Vaccination North-Western Provinces 1866-1877 - 1866-1877
Year: 1866
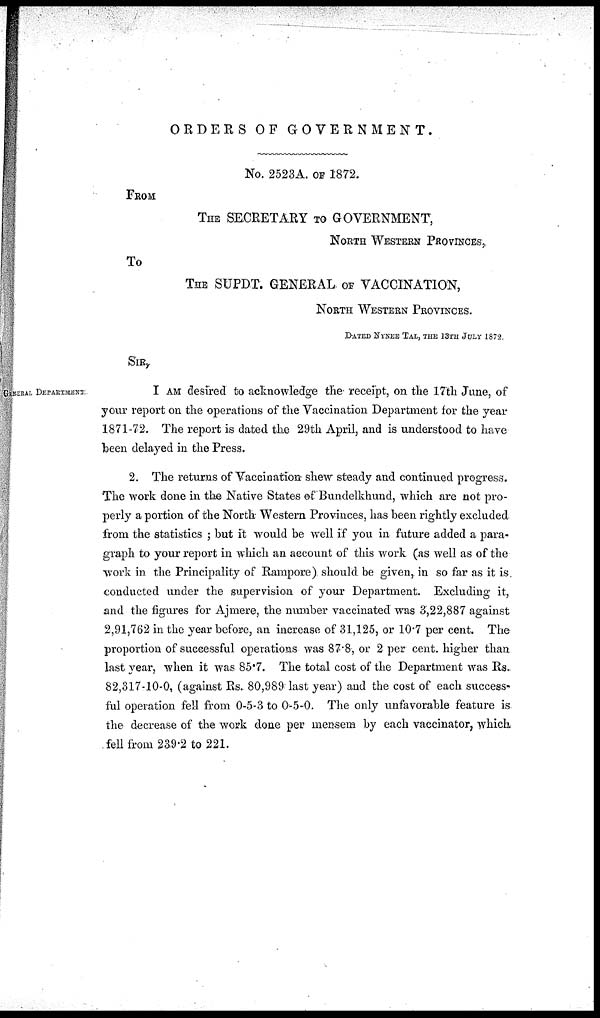
ORDERS OF GOVERNMENT.
No. 2523A. OF 1872.
FROM
THE SECRETARY TO GOVERNMENT,
NORTH WESTERN PROVINCES,
TO
THE SUPDT. GENERAL OF VACCINATION,
NORTH WESTERN PROVINCES.
DATED NYNEE TAL, THE 13TH JULY 1872.
SIR,
GENERAL DEPARTMENT.
I AM desired to acknowledge the receipt, on the 17th June, of
your report on the operations of the Vaccination Department for the year
1871-72. The report is dated the 29th April, and is understood to have
been delayed in the Press.
2. The returns of Vaccination shew steady and continued progress.
The work done in the Native States of Bundelkhund, which are not pro-
perly a portion of the North Western Provinces, has been rightly excluded
from the statistics ; but it would be well if you in future added a para-
graph to your report in which an account of this work (as well as of the
work in the Principality of Rampore). should be given, in so far as it is
conducted under the supervision of your Department. Excluding it,
and the figures for Ajmere, the number vaccinated was 3,22,887 against
2,91,762 in the year before, an increase of 31,125, or 10.7 per cent. The
proportion of successful operations was 87.8, or 2 per cent. higher than
last year, when it was 85.7. The total cost of the Department was Rs.
82,317-10-0, (against Rs. 80,989 last year) and the cost of each success-
ful operation fell from 0-5-3 to 0-5-0. The only unfavorable feature is
the decrease of the work done per mensem by each vaccinator, which
fell from 239.2 to 221.